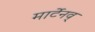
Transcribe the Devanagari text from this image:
मार्टेनव्